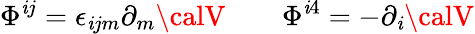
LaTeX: \Phi^{\mathit{i}j}=\epsilon_{\mathit{i}jm}\partial_{m}{\calV}\qquad\Phi^{\mathit{i}4}=-\partial_{\mathit{i}}{\calV}